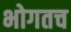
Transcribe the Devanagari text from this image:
भोगतच